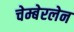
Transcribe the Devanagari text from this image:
चेम्बेरलेन